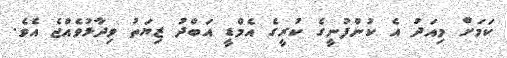
ކަމަށް މިއަދު އެ ކުންފުނީގެ ކުރީގެ އެމްޑީ އަބްދު ޒިޔަތު ވިދާޅުވެއްޖެ އެވެ.